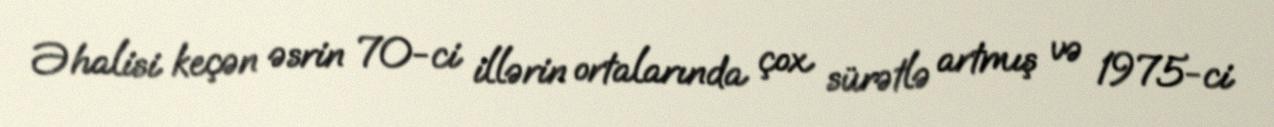
Əhalisi keçən əsrin 70-ci illərin ortalarında çox sürətlə artmış və 1975-ci